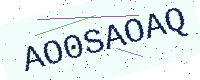
Text: AO0SAOAQ